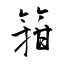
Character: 箝